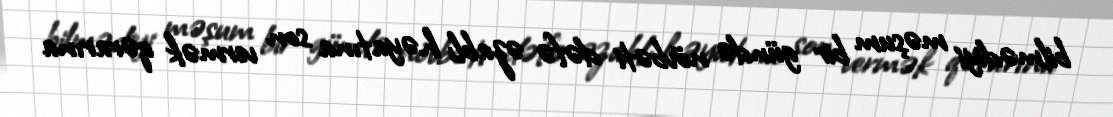
bilmədiyi məşum bir gündə növbəti dəfə əzablı həyatına son vermək qərarına